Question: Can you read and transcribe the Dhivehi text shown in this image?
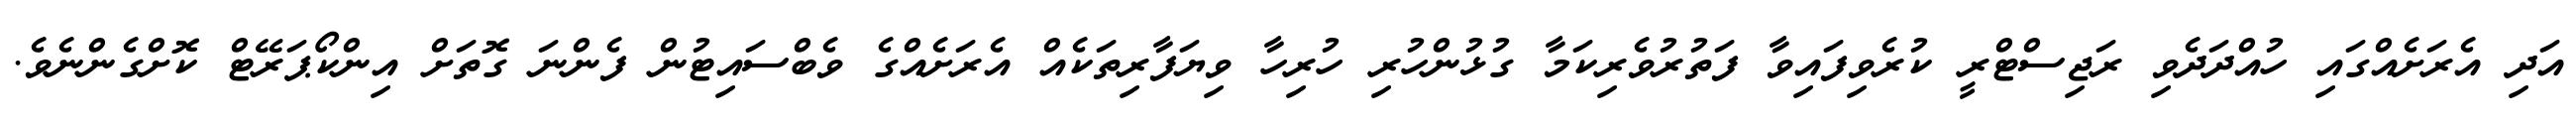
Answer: އަދި އެރަށެއްގައި ހުއްދަދެވި ރަޖިސްޓްރީ ކުރެވިފައިވާ ފަތުރުވެރިކަމާ ގުޅުންހުރި ހުރިހާ ވިޔަފާރިތަކެއް އެރަށެއްގެ ވެބްސައިޓުން ފެންނަ ގޮތަށް އިންކޯޕަރޭޓް ކޮށްގެންނެވެ.